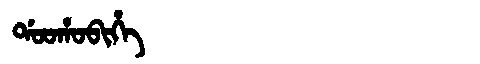
Manchu: ᡩᠣᠣᡥᠣᠪᡳᡥᡝ
Romanization: DOOHOBIHE